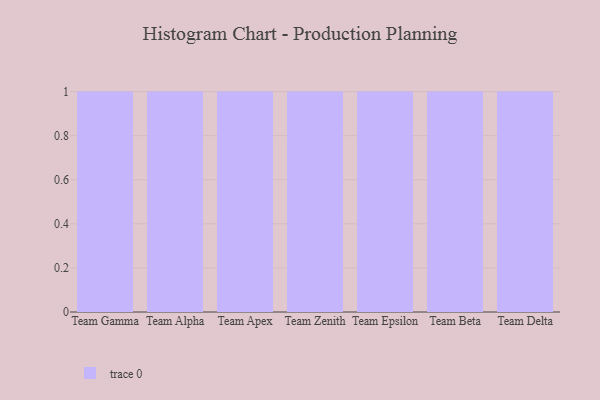
{"axis": {"x": "Team", "y": "Production Output"}, "legend": [""], "data": [{"x": "Team Gamma", "y": 73, "type": ""}, {"x": "Team Alpha", "y": 38, "type": ""}, {"x": "Team Apex", "y": 74, "type": ""}, {"x": "Team Zenith", "y": 92, "type": ""}, {"x": "Team Epsilon", "y": 47, "type": ""}, {"x": "Team Beta", "y": 1, "type": ""}, {"x": "Team Delta", "y": 6, "type": ""}]}